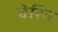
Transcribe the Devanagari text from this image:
वेरिंग